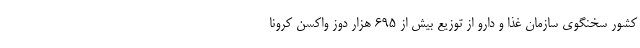
کشور سخنگوی سازمان غذا و دارو از توزیع بیش از ۶۹۵ هزار دوز واکسن کرونا